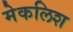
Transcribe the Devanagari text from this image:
मेकलिश